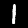
Label: 1